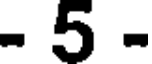
- 5 -